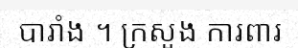
បារាំង ។ ក្រសួង ការពារ